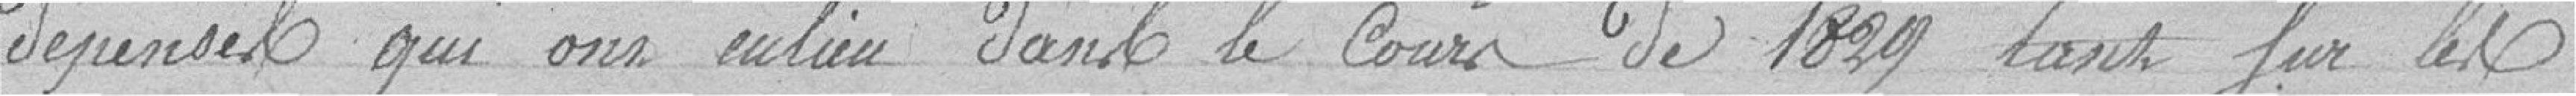
dépenses qui ont eu lieu dans le cours de 1829 sur les